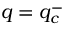
q = q _ { c } ^ { - }